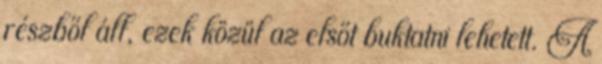
részből áll, ezek közül az elsőt buktatni lehetett. A